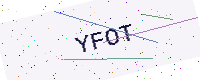
Text: YFOT